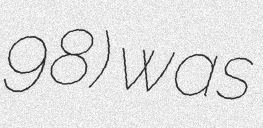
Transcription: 98) was